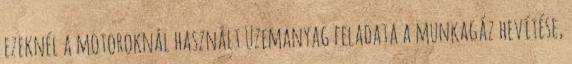
ezeknél a motoroknál használt üzemanyag feladata a munkagáz hevítése,